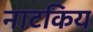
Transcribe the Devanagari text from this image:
नाटकिय